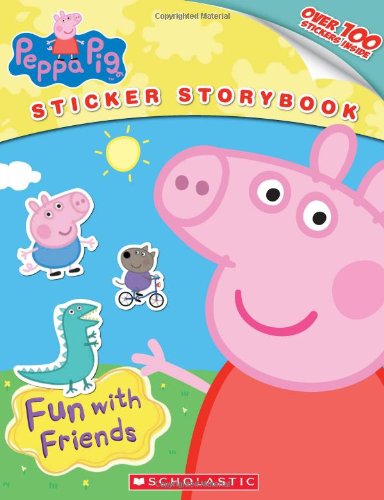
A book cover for Peppa Pig: Fun With Friends; Scholastic; Children's Books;